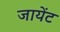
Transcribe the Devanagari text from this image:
जायेंट